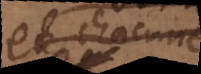
que chacune